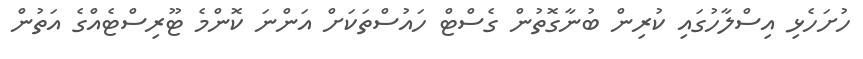
ހުށަހެޅި އިސްލާހުގައި ކުރިން ބުނާގޮތުން ގެސްޓް ހައުސްތަކަށް އަންނަ ކޮންމެ ޓޫރިސްޓެއްގެ އަތުން